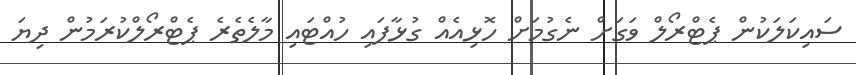
ސައިކަލަކުން ޕެޓްރޯލް ވަގަށް ނެގުމަށް ހޮޅިއެއް ގުޅާފައި ހުއްޓައި މާލެތެރެ ޕެޓްރޯލްކުރަމުން ދިޔަ